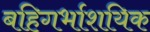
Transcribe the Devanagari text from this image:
बहिगर्भाशयिक